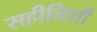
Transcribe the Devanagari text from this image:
सहीनिशी